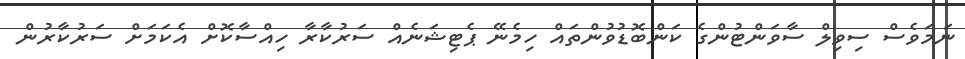
ނަމަވެސް ސިވިލް ސާވަންޓުންގެ ކަންބޮޑުވުންތައް ހިމެނޭ ޕެޓިޝަނެއް ސަރުކާރާ ހިއްސާކޮށް އެކަމަށް ސަރުކާރުން